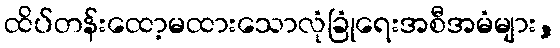
ထိပ်တန်းထော့မထားသောလုံခြုံရေးအစီအမံများ,